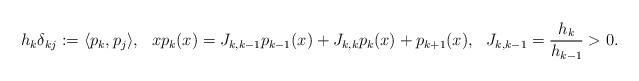
LaTeX: \begin{align*}h_k \delta_{kj}&:=\langle p_k,p_j \rangle, &xp_k(x)&=J_{k,k-1}p_{k-1}(x)+J_{k,k}p_k(x)+p_{k+1}(x), &J_{k,k-1}&=\frac{h_k}{h_{k-1}}>0.\end{align*}